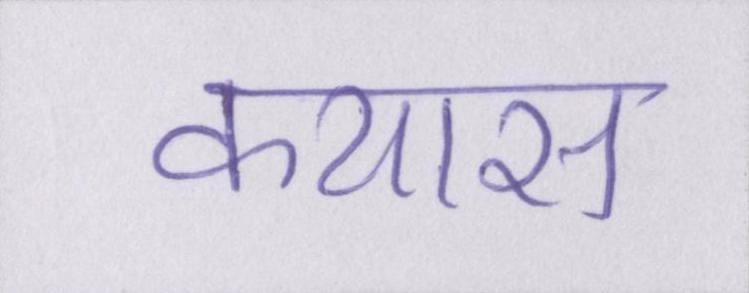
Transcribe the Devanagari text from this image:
कयास